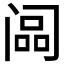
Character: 𬮳